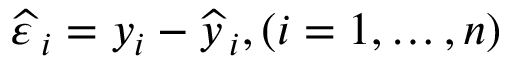
{ \widehat { \varepsilon \, } } _ { i } = y _ { i } - { \widehat { y \, } } _ { i } , ( i = 1 , \dots , n )